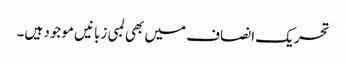
تحریک انصاف میں بھی لمبی زبانیں موجود ہیں۔